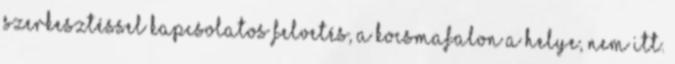
szerkesztéssel kapcsolatos felvetés, a kocsmafalon a helye, nem itt.